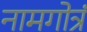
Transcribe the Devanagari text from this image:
नामगोत्रं